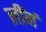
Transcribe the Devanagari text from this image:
लींनं